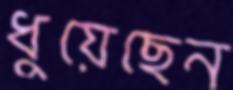
ধুয়েছেন